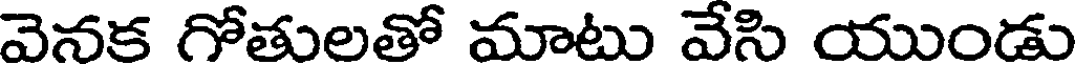
వెనక గోతులతో మాటు వేసి యుండు